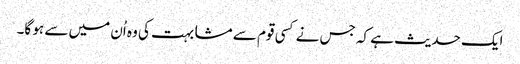
ایک حدیث ہے کہ جس نے کسی قوم سے مشابہت کی وہ اُن میں سے ہو گا۔